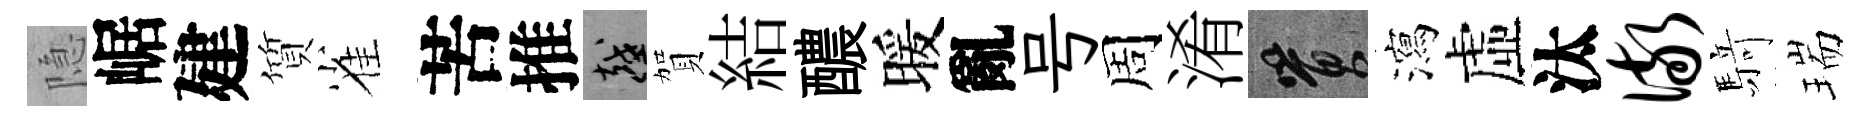
隐崌建質雀苦推越賀結醲暖亂号周淆篔瀉虛汰儆𮪍瑞